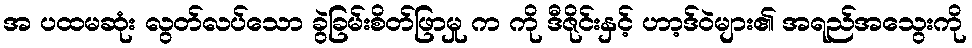
အ ပထမဆုံး လွတ်လပ်သော ခွဲခြမ်းစိတ်ဖြာမှု က ကို ဒီဇိုင်းနှင့် ဟာ့ဒ်ဝဲများ၏ အရည်အသွေးကို